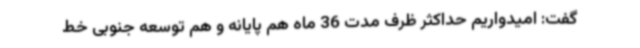
گفت: امیدواریم حداکثر ظرف مدت 36 ماه هم پایانه و هم توسعه جنوبی خط